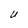
Character: U